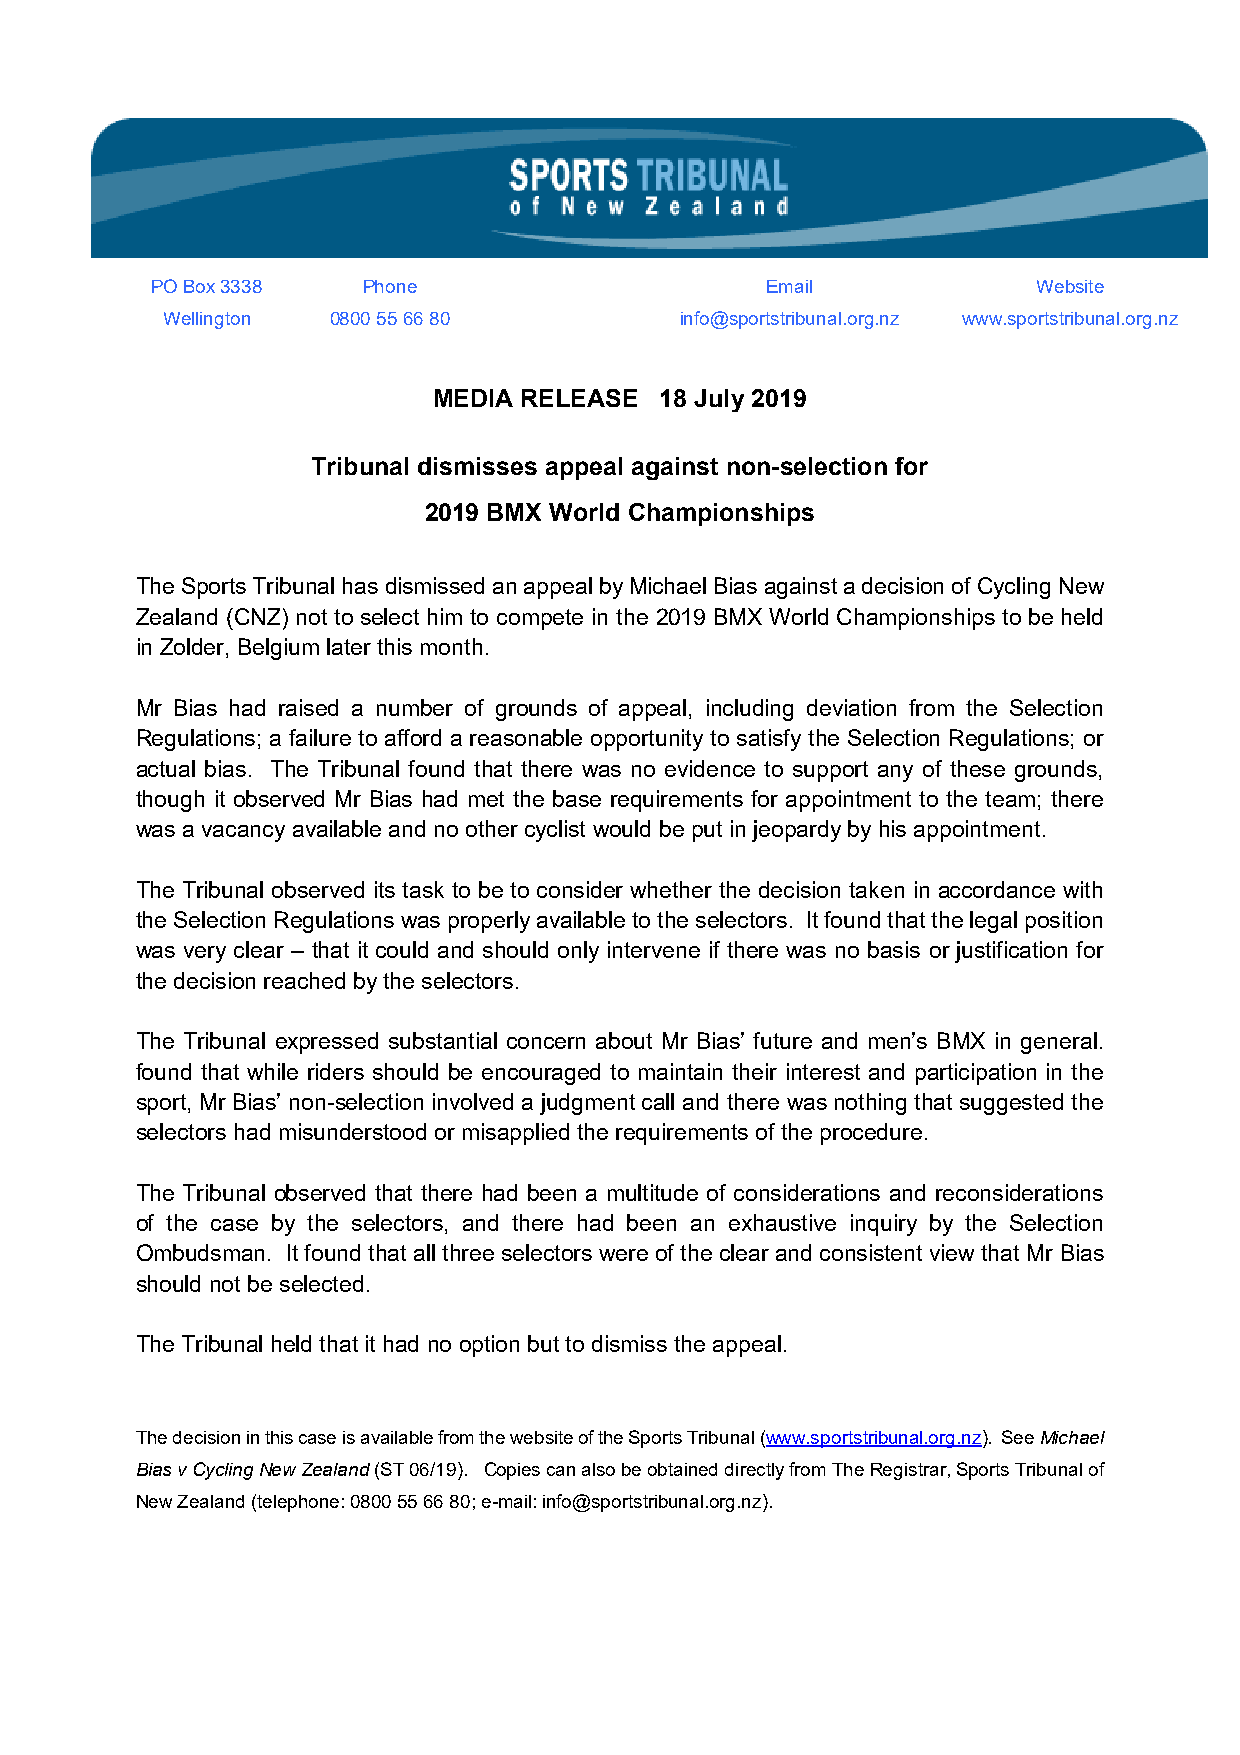
PO Box 3338   Phone                      Email             Website
 Wellington 0800 55 66 80          info@sportstribunal.org.nz www.sportstribunal.org.nz
 MEDIA RELEASE  18 July 2019
 Tribunal dismisses appeal against non-selection for
 2019 BMX World Championships
 The Sports Tribunal has dismissed an appeal by Michael Bias against a decision of Cycling New
 Zealand (CNZ) not to select him to compete in the 2019 BMX World Championships to be held
 in Zolder, Belgium later this month.
 Mr Bias had raised a number of grounds of appeal, including deviation from the Selection
 Regulations; a failure to afford a reasonable opportunity to satisfy the Selection Regulations; or
 actual bias. The Tribunal found that there was no evidence to support any of these grounds,
 though it observed Mr Bias had met the base requirements for appointment to the team; there
 was a vacancy available and no other cyclist would be put in jeopardy by his appointment.
 The Tribunal observed its task to be to consider whether the decision taken in accordance with
 the Selection Regulations was properly available to the selectors. It found that the legal position
 was very clear – that it could and should only intervene if there was no basis or justification for
 the decision reached by the selectors.
 The Tribunal expressed substantial concern about Mr Bias’ future and men’s BMX in general.
 found that while riders should be encouraged to maintain their interest and participation in the
 sport, Mr Bias’ non-selection involved a judgment call and there was nothing that suggested the
 selectors had misunderstood or misapplied the requirements of the procedure.
 The Tribunal observed that there had been a multitude of considerations and reconsiderations
 of the case by the selectors, and there had been an exhaustive inquiry by the Selection
 Ombudsman. It found that all three selectors were of the clear and consistent view that Mr Bias
 should not be selected.
 The Tribunal held that it had no option but to dismiss the appeal.
 The decision in this case is available from the website of the Sports Tribunal (www.sportstribunal.org.nz). See Michael
 Bias v Cycling New Zealand (ST 06/19). Copies can also be obtained directly from The Registrar, Sports Tribunal of
 New Zealand (telephone: 0800 55 66 80; e-mail: info@sportstribunal.org.nz).